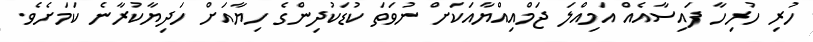
ހުރި ހުރިހާ ފައިސާއެއް އަމިއްލަ ޖަމްއިއްޔާއަކަށް ނުވަތަ ކުޑަކުދިންގެ ހިޔާއަށް ހަދިޔާކުރާނެ ކަމަށެވެ.